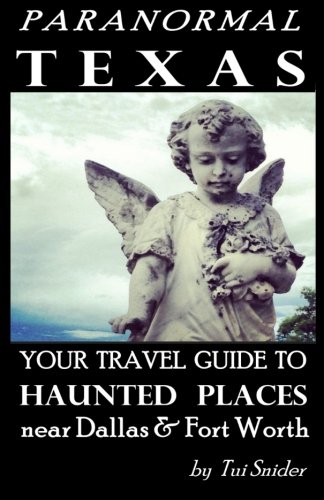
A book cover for Paranormal Texas: Your Travel Guide to Haunted Places near Dallas & Fort Worth; Tui Snider; Travel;